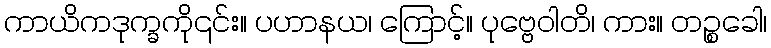
ကာယိကဒုက္ခကို၎င်း။ ပဟာနယ၊ ကြောင့်။ ပုဗ္ဗေဝါတိ၊ ကား။ တဉ္စခေါ၊